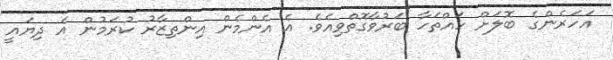
އަހަރެންގެ ބޮލަށް ހައްތަހާ ބަރުވާގޮތްވިއެވެ. އެ އެންމެން އިންތިޒާރު ކުރަމުން އެ ދިޔައީ